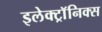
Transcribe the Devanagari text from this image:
इलेक्ट्राॅनिक्स